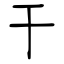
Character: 干